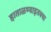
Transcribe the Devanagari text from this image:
हाताळण्याइतक्या